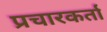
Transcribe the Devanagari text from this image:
प्रचारकर्ता